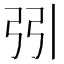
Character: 𢏄